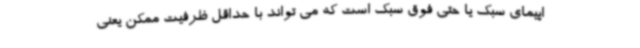
اپیمای سبک یا حتی فوق سبک است که می تواند با حداقل ظرفیت ممکن یعنی